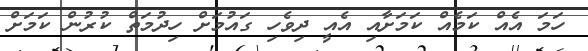
ހަމަ އެއް ކަމެއް ކަމަށާއި އެއީ ދިވެހި ގައުމަށް ހިދުމަތް ކުރުން ކަމަށް